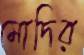
মোদির